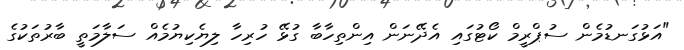
"އަޅުގަނޑުމެން ސުޕްރީމް ކޯޓުގައި އެދޭނަން އިންތިހާބާ ގުޅޭ ހުރިހާ ލިޔެކިޔުމެއް ސަލާމަތީ ބާރުތަކުގެ